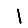
Digit: 1